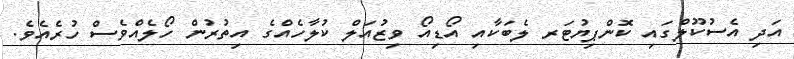
އަދި އެސުކޫލްގައި ކޮންޕިޔުޓަރ ލެބަކާއި އޯޑިއޯ ވިޒުއަލް ކުލާހެއްގެ އިތުރުން ހޯލެއްވެސް ހުރެއެވެ.